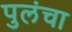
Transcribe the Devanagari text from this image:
पुलंचा